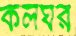
কলঘর